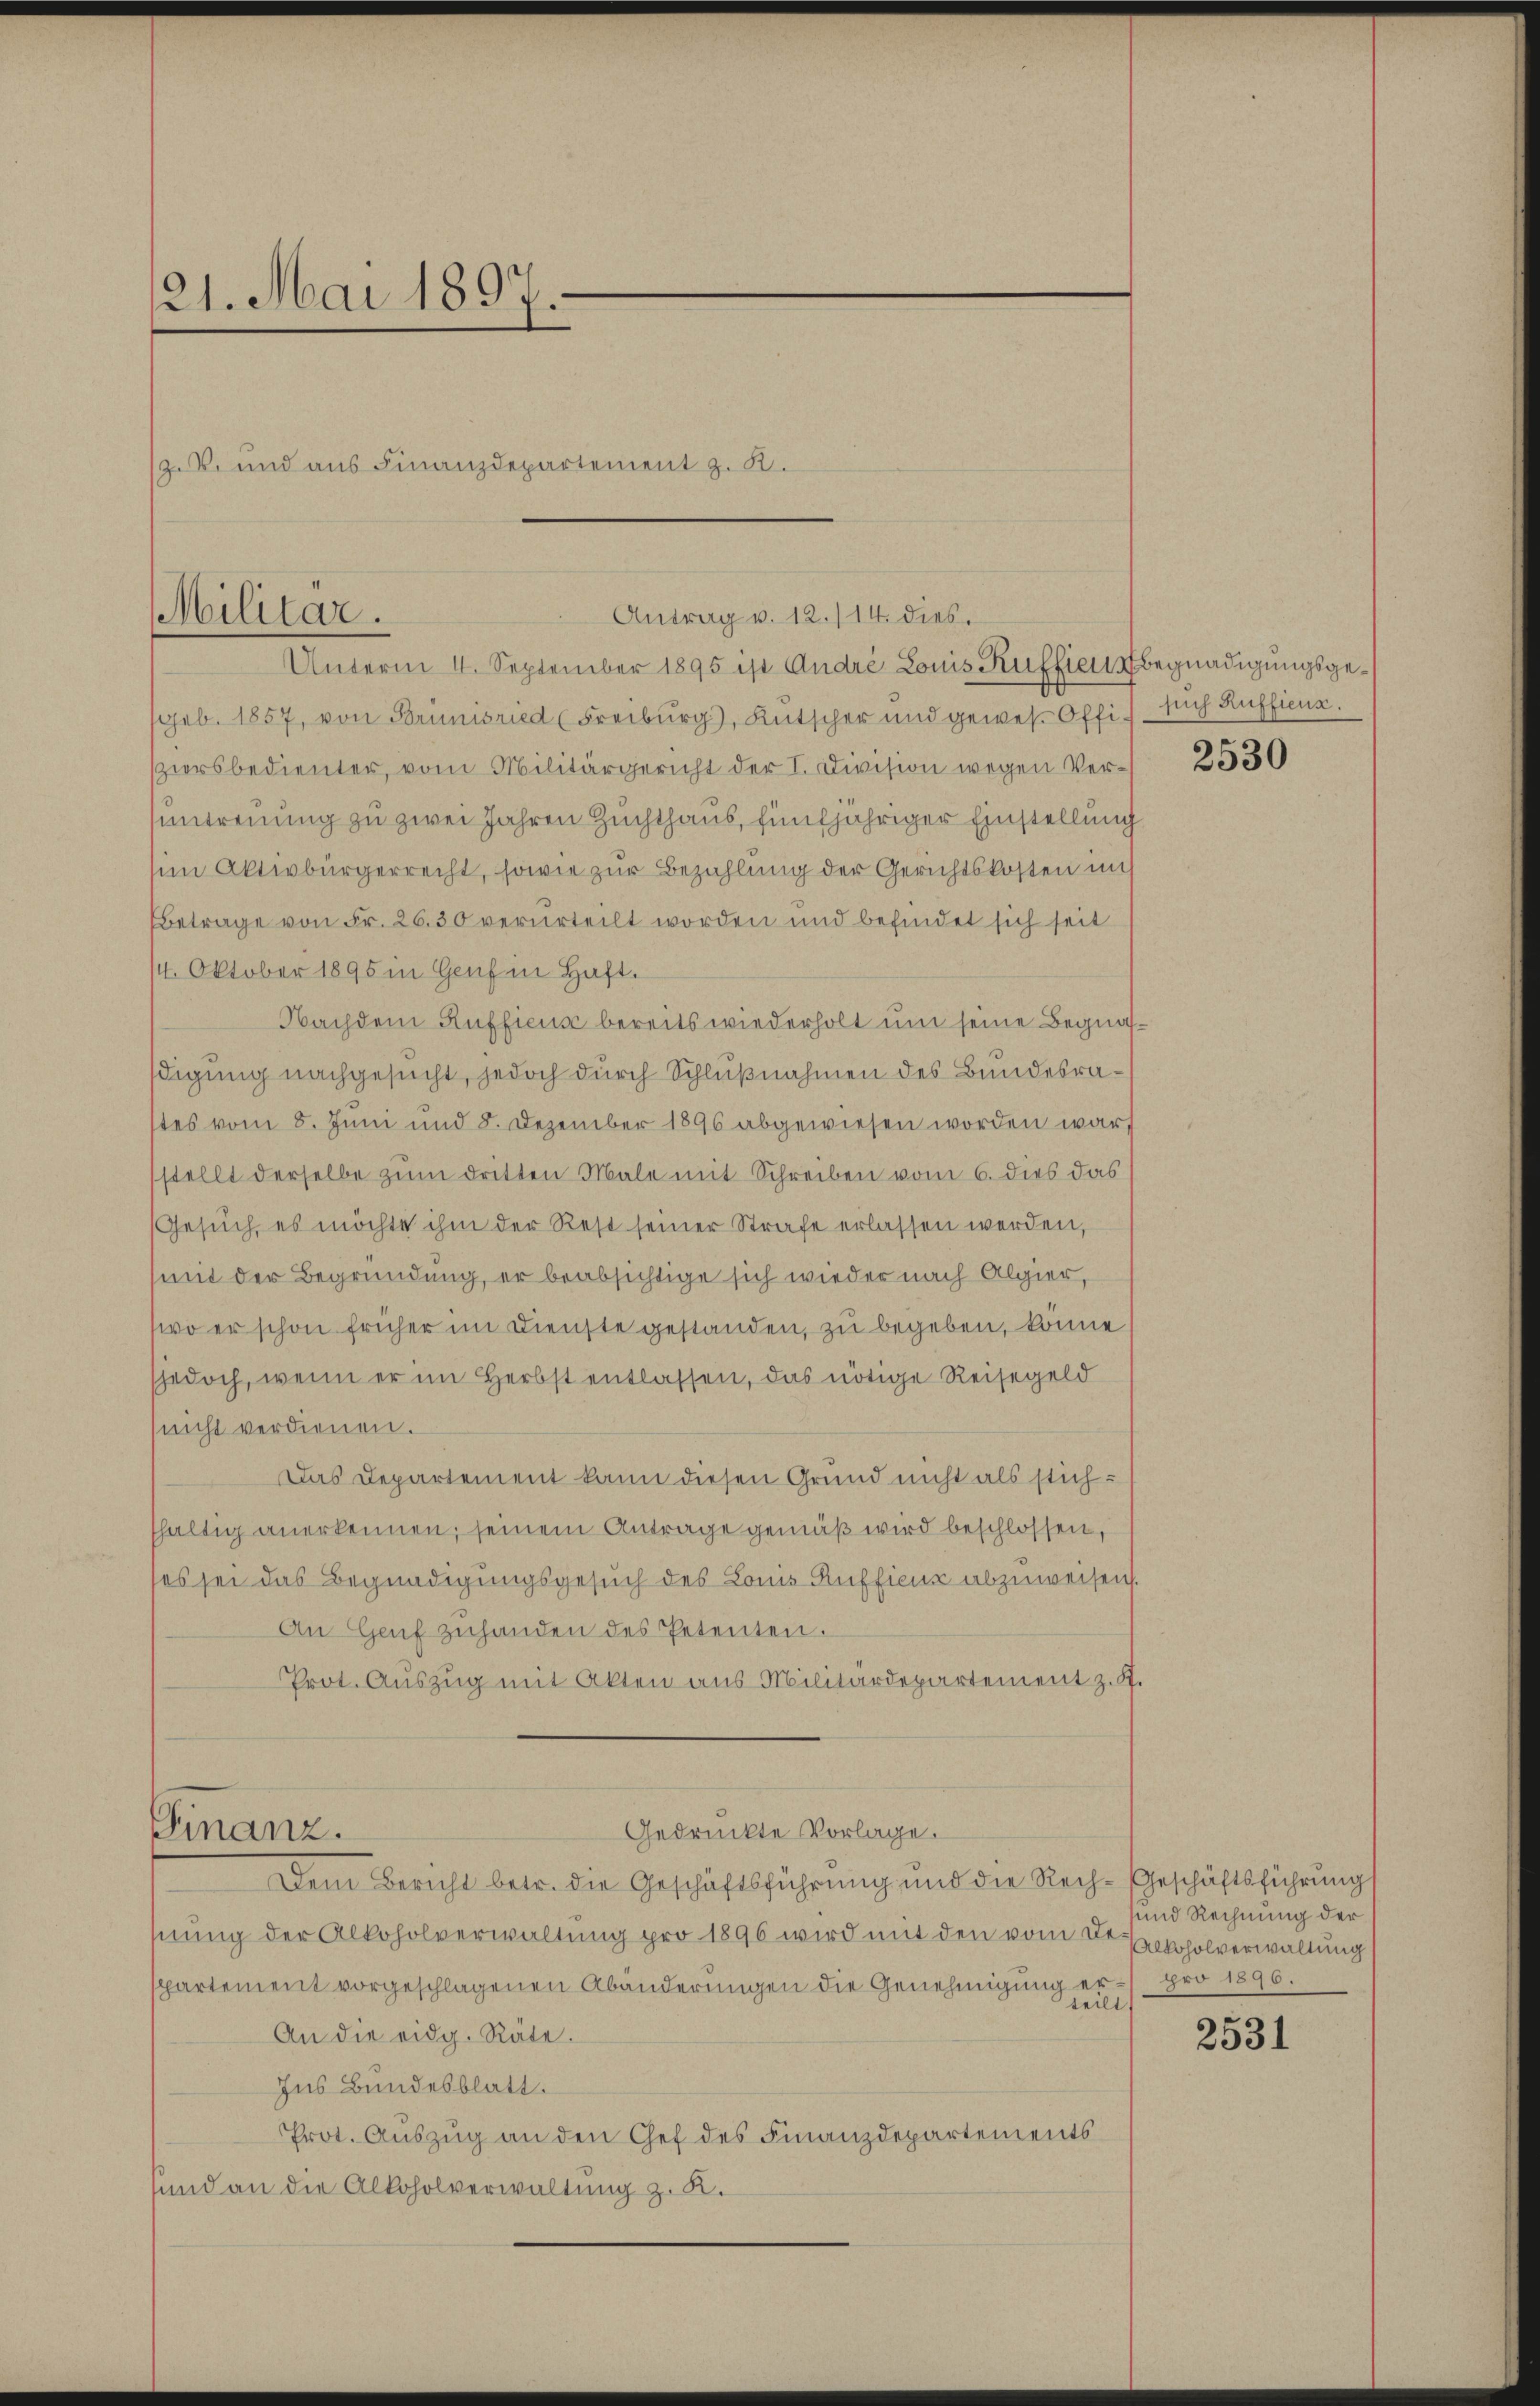
21. Mai 1897.

.
(z. B. und aus Finanzdepartement z. B.
Militar.
Antrag v. 12./14. dies.
Unterm 4. September 1895 ist André Louis Ruffier Begnadigungsge¬

geb. 1857, von Brünisried (Freiburg), Kutscher und gewes. Offi sich Auffieng.
ziersbedienter, vom Militärgericht der I. Division wegen Veruntreuung zu zwei Jahren Zuchthaus, fünfjähriger Einstellung
uen Aktivbürgerrecht, sowie zur Bezahlung der Gerichtskosten mis
Betrage von Fr. 26.30 verurteilt worden und befindet sich seit
14. Oktober 1895 in Genf in Haft.
Nachdem Auffieuse bereits wiederholt um seine Begnasdigung nachgesucht, jedoch durch Schlußnahmen des Bundesrates vom 8. Juni und 8. Dezember 1896 abgewiesen worden war
stellt derselbe zum dritten Male mit Schreiben vom 6. dies das
Gesŭch, es möchte ihm der Rest seiner Strafe erlassen werden,
(mit der Begründung, er beabsichtige sich wieder nach Algier,
wo er schon früher im Dienste gestanden, zu begeben, könne
sjedoch, wenn er im Herbst entlassen, das nötige Reisegeld
(nicht verdienen.
Das Departement kann diesen Grund nicht als stichfhaltig anerkennen; seinem Antrage gemäß wird beschlossen,
ses sei das Begnadigungsgesuch des Lonis Rufficus abzuweisen.
An Genf zŭhanden des Petenten.
Prot. Aŭszŭg mit Akten aus Militärdepartement z. S.
Gedrückte Vorlage.
Finanz.
Dem Bericht betr. die Geschäftsführung und die Rech-Geschäftsführungs
hnung der Alkoholverwaltung pro 1896 wird mit den vom 2ten erkholverwaltung
spartement vorgeschlagenen Abänderungen die Genehmigung er- pro 1896.
teilt
An die eidg. Räte.
Ins Bundesblatt.
Prot. Auszug an den Chef des Finanzdepartements
sund an die Alkoholverwaltung z. K.

2530

und Rechnung der

2531